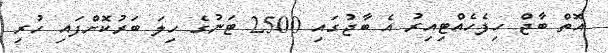
އޮތް ބާޖް ހިފެހެއްޓިއިރު އެ ބާޖުގައި 2500 ޓަނުގެ ހިލަ ބަރުކޮށްފައި ހުރި